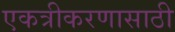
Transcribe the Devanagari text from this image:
एकत्रीकरणासाठी